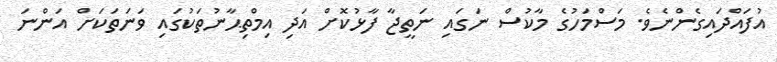
އުފައްދައިގެންނެވެ. މަސްމަހުގެ މާކުސް ނަގައި ނަތީޖާ ފާޅުކޮށް އަދި އިމްތިޙާނުތަކުގައި ވަނަތަކަށް އަންނަ